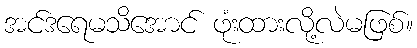
အင်ဒရေမသိအောင် ဖုံးထားလို့လဲမဖြစ်။